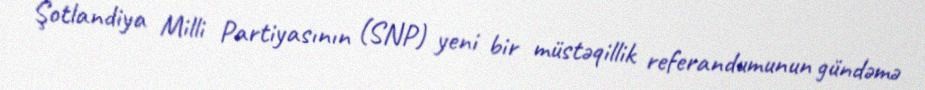
Şotlandiya Milli Partiyasının (SNP) yeni bir müstəqillik referandumunun gündəmə